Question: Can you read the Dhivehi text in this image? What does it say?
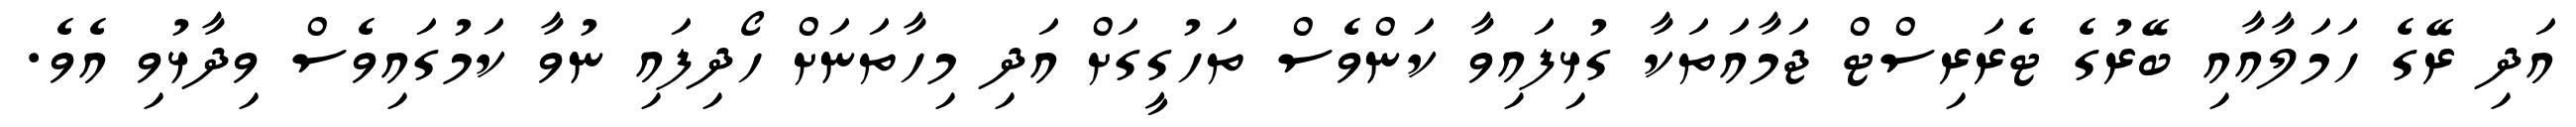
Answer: އަދި ރޭގެ ހަމަލާއާއި ބޭރުގެ ޓެރަރިސްޓް ޖަމާއަތަކާ ގުޅިފައިވާ ކަންވެސް ތަހުގީގަށް އަދި މިހާތަނަށް ހޯދިފައި ނުވާ ކަމުގައިވެސް ވިދާޅުވި އެވެ.